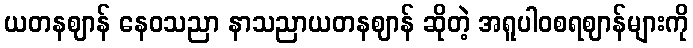
ယတနဈာန် နေဝသညာ နာသညာယတနဈာန် ဆိုတဲ့ အရူပါဝစရဈာန်များကို